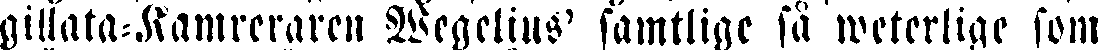
gillata-Kamreraren Wegelius' samtlige så weterlige som